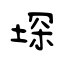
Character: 堔